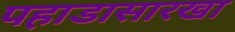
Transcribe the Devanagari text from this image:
पहाडासारखा